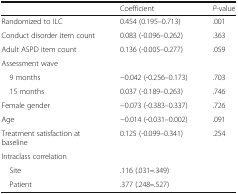
|  | Coefficient | P-value |
 | --- | --- | --- |
 | Randomized to ILC | 0.454 (0.195–0.713) | .001 |
 | Conduct disorder item count | 0.083 (-0.096–0.262) | .363 |
 | Adult ASPD item count | 0.136 (-0.005–0.277) | .059 |
 | <COLSPAN=3> Assessment wave |
 | 9 months | −0.042 (-0.256–0.173) | .703 |
 | 15 months | 0.037 (-0.189–0.263) | .746 |
 | Female gender | −0.073 (-0.383–0.337) | .726 |
 | Age | −0.014 (-0.031–0.002) | .091 |
 | Treatment satisfaction at baseline | 0.125 (-0.099–0.341) | .254 |
 | <COLSPAN=3> Intraclass correlation |
 | Site | .116 (.031–.349) |  |
 | Patient | .377 (.248–.527) |  |